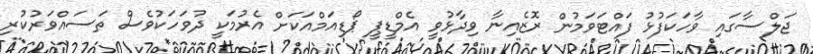
ޖަލްސާގައި ވާހަކަފުޅު ފައްޓަވަމުން ރޮޒެއިނާ ވިދާޅުވީ އެމްޑީޕީ ޕޯޑިއަމްއަކަށް އެރުމަކީ ދުވަހަކުވެސް ތަސައްވަރުކުރި